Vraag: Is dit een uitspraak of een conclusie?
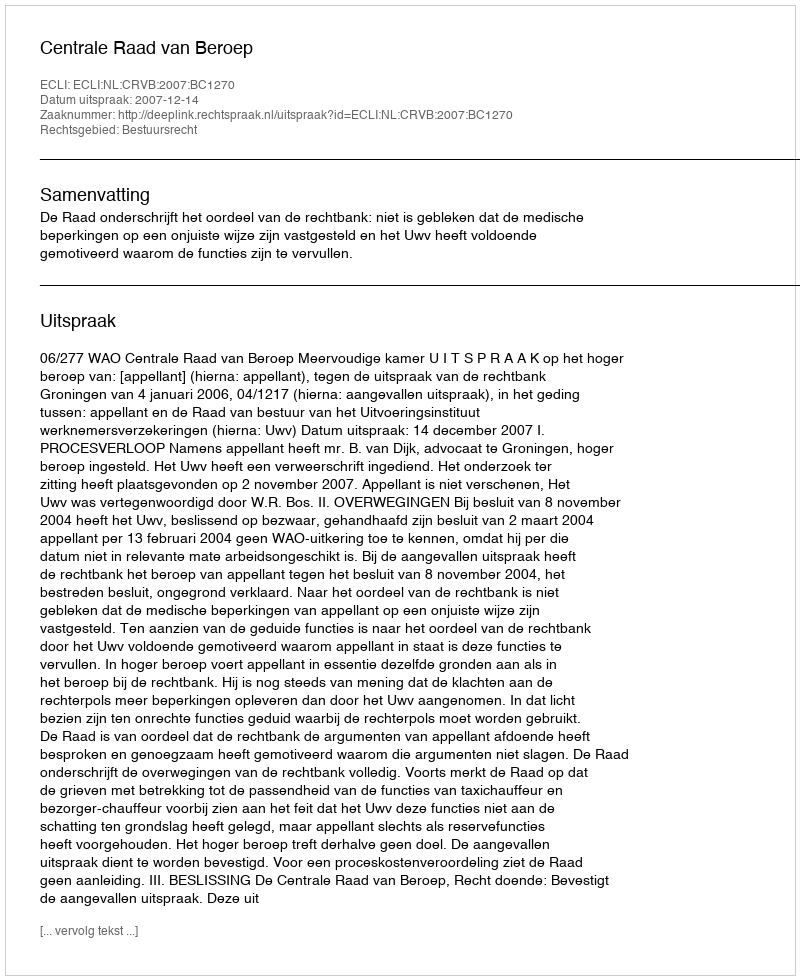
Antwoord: Uitspraak